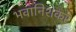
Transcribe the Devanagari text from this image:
भवानिशंकर